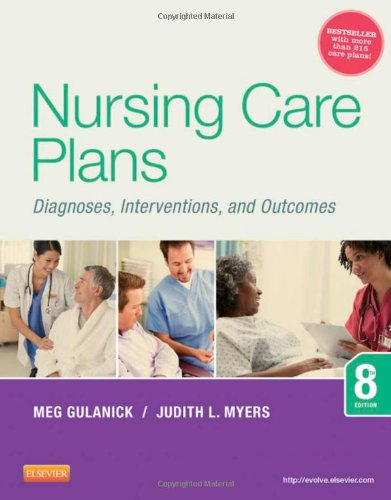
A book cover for Nursing Care Plans: Diagnoses, Interventions, and Outcomes, 8e; Meg Gulanick PhD  APRN  FAAN; Medical Books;